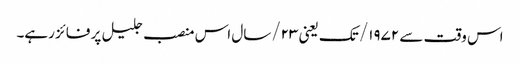
اس وقت سے ۱۹۷۲/ تک یعنی ۲۳/سال اس منصب جلیل پر فائز رہے۔